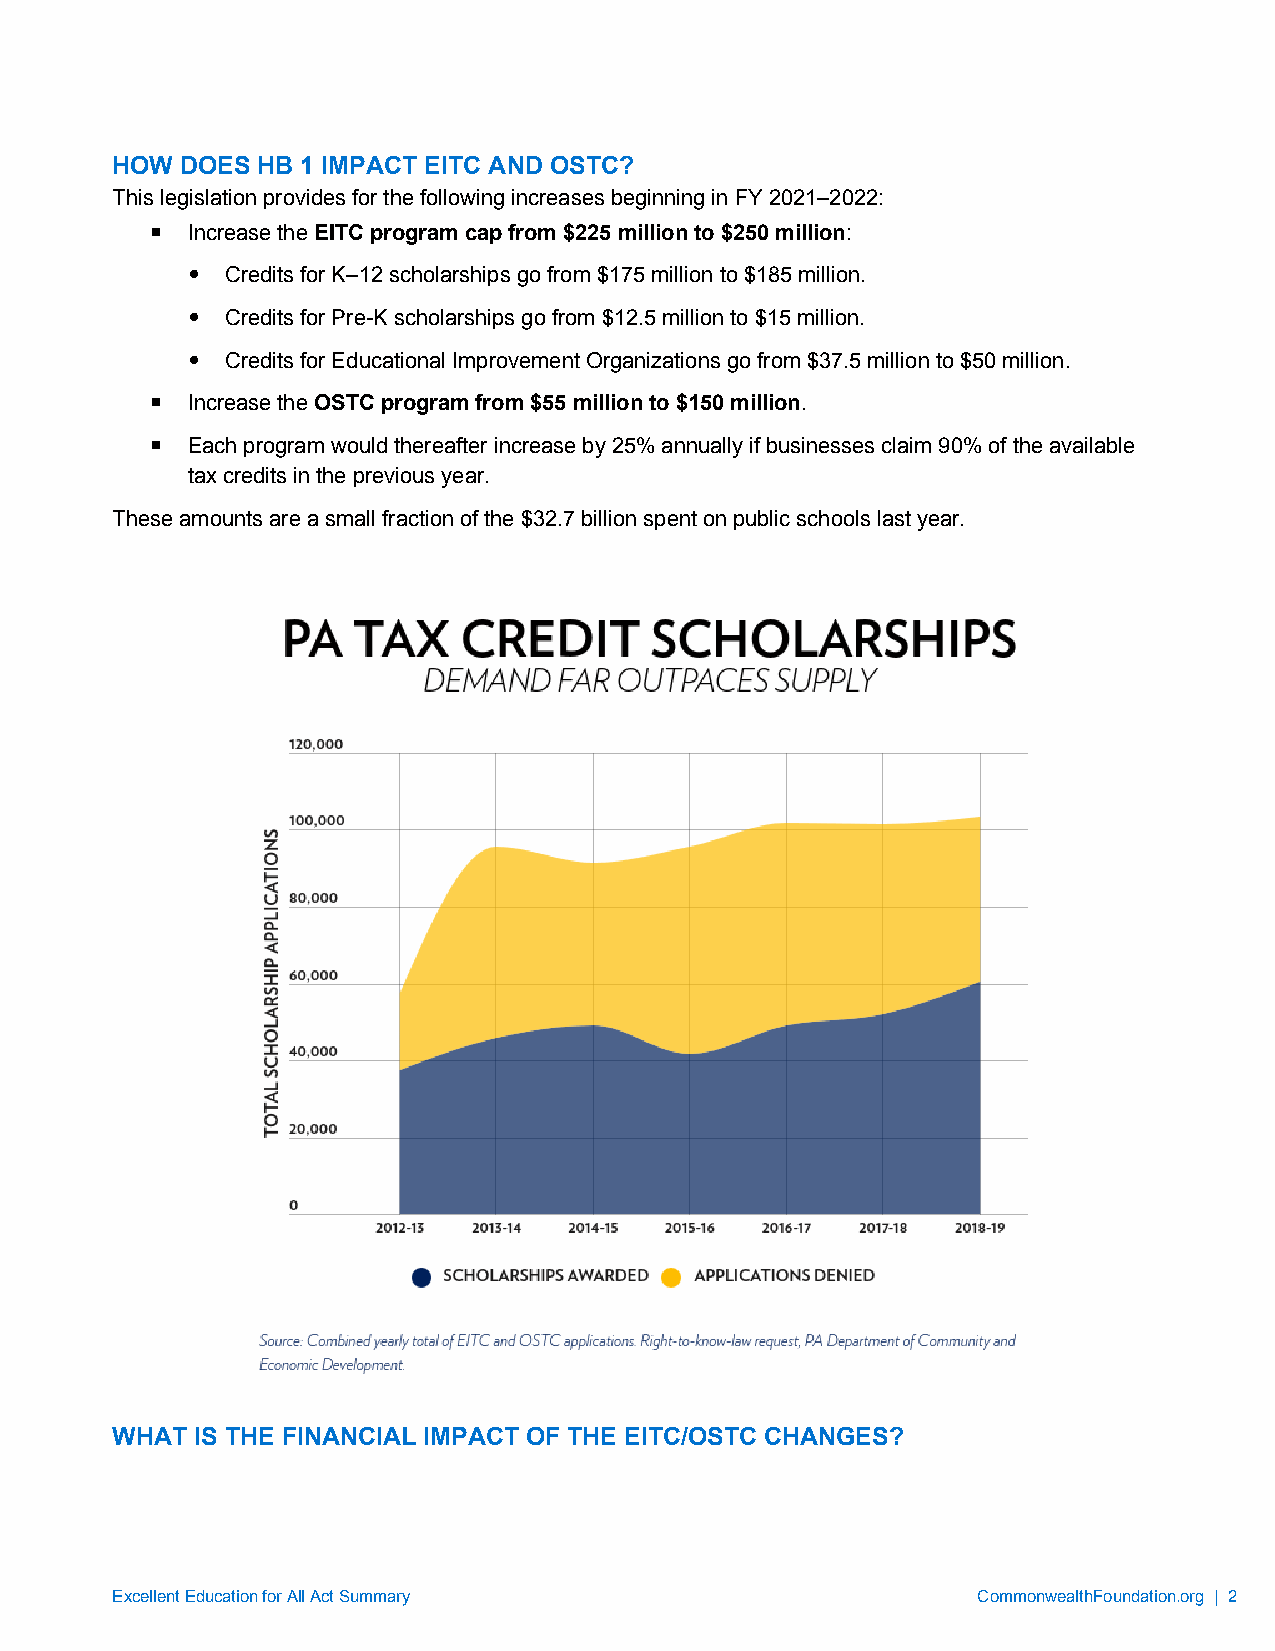
HOW  DOES HB 1 IMPACT EITC AND OSTC?
 This legislation provides for the following increases beginning in FY 2021–2022:
  Increase the EITC program cap from $225 million to $250 million:
   Credits for K–12 scholarships go from $175 million to $185 million.
   Credits for Pre-K scholarships go from $12.5 million to $15 million.
   Credits for Educational Improvement Organizations go from $37.5 million to $50 million.
  Increase the OSTC program from $55 million to $150 million.
  Each program would thereafter increase by 25% annually if businesses claim 90% of the available
 tax credits in the previous year.
 These amounts are a small fraction of the $32.7 billion spent on public schools last year.
 WHAT  IS THE FINANCIAL IMPACT OF THE EITC/OSTC CHANGES?
 Excellent Education for All Act Summary                   CommonwealthFoundation.org | 2